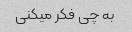
به چی فکر میکنی